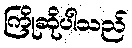
ကြိုဆိုပါသည်